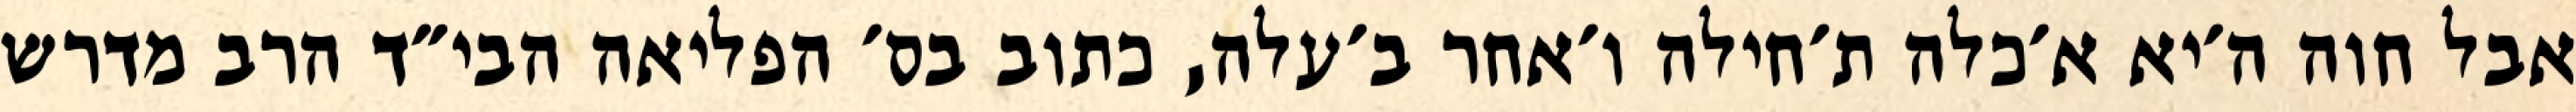
אבל חוה ה׳יא א׳כלה ת׳חילה ו׳אחר ב׳עלה, כתוב בס׳ הפליאה הבי״ד הרב מדרש